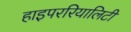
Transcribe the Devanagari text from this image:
हाइपररियालिटी